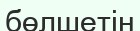
бөлшетін